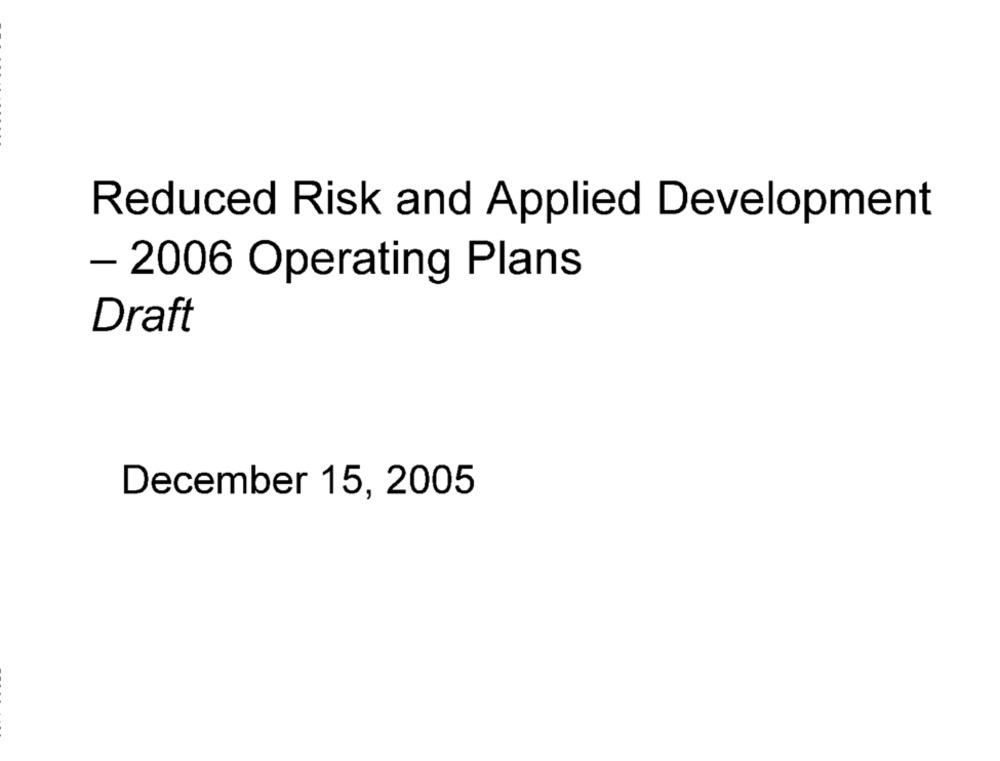
Reduced Risk and Applied Development
- 2006 Operating Plans
Draft
December 15, 2005